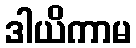
ဒါယိကာမ